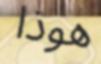
ھوذا